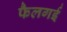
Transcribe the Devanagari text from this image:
फैलगई